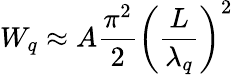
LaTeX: W_{q}\approx A\frac{\pi^{2}}{2}\left(\frac{L}{\lambda_{q}}\right)^{2}